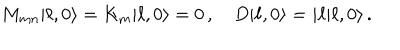
M _ { m n } | \ell , 0 \rangle = K _ { m } | \ell , 0 \rangle = 0 \, , \quad D | \ell , 0 \rangle = i \ell | \ell , 0 \rangle \, .